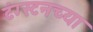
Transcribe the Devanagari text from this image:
टंग्स्टनच्या